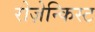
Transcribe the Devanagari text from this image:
रोज़ेन्किस्ट